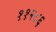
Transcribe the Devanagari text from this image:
११२८६